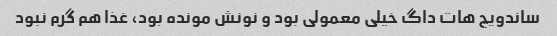
ساندویچ هات داگ خیلی معمولی بود و نونش مونده بود، غذا هم گرم نبود